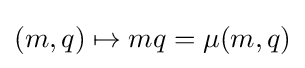
(m,q)\mapsto mq=\mu (m,q)